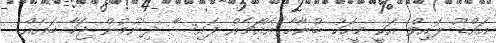
އައްޑޫ ލައިވް އަކީ މީހަކު ބުނާހާ އެއްޗެއް ފައިސާ ދިނުމުން ޖަހާ ބައެއް.